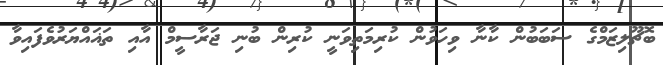
ބޮޗޫލިޒަމްގެ ސަބަބުން ކާނާ ވިހަވުން ކުރިމަތިވަނީ ކުރިން ބުނި ޖަރާސީމް އާއި ތަޣައްޔަރުވެފައިވާ